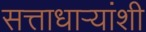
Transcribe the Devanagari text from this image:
सत्ताधाऱ्यांशी